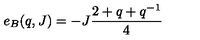
e _ { B } ( q , J ) = - J \frac { 2 + q + q ^ { - 1 } } { 4 }